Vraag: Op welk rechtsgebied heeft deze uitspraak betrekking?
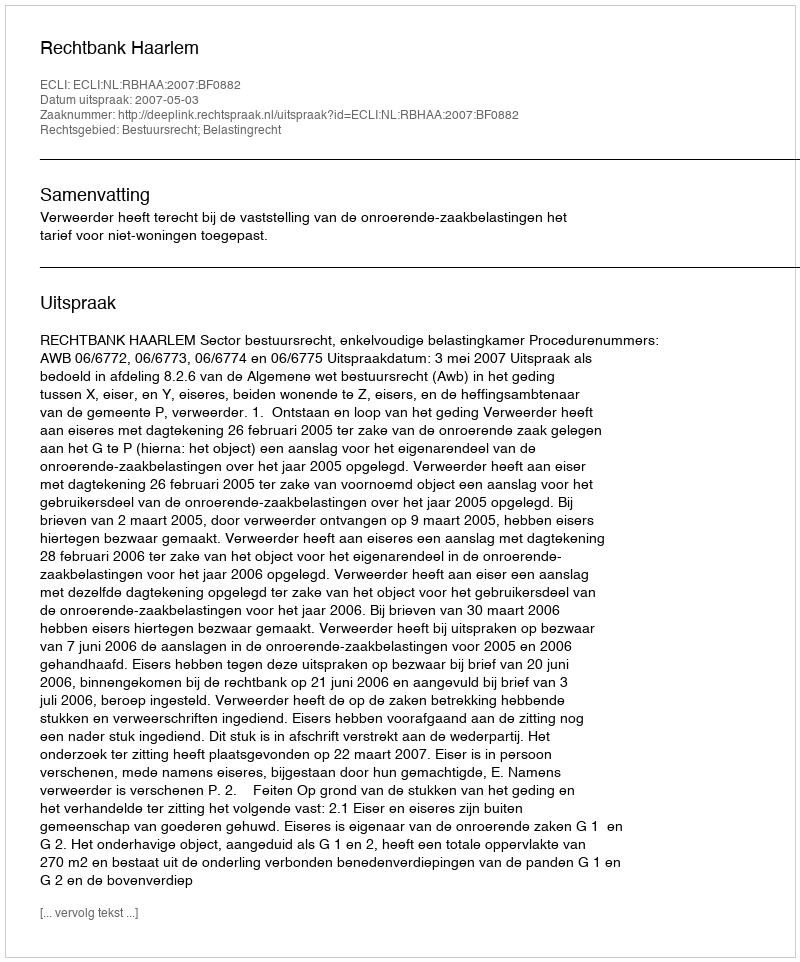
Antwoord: Bestuursrecht; Belastingrecht